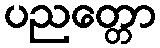
ပညတ္တော